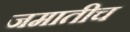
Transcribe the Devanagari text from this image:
जमातीच